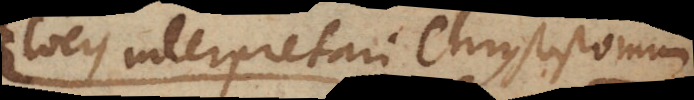
locis interpretari Chrysostomum